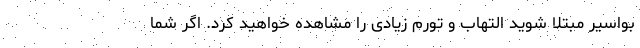
بواسیر مبتلا شوید التهاب و تورم زیادی را مشاهده خواهید کرد. اگر شما